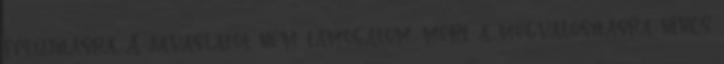
felújításra. A javaslatot nem támogatom, mert a megvalósításra nincs